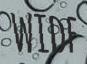
WIDE